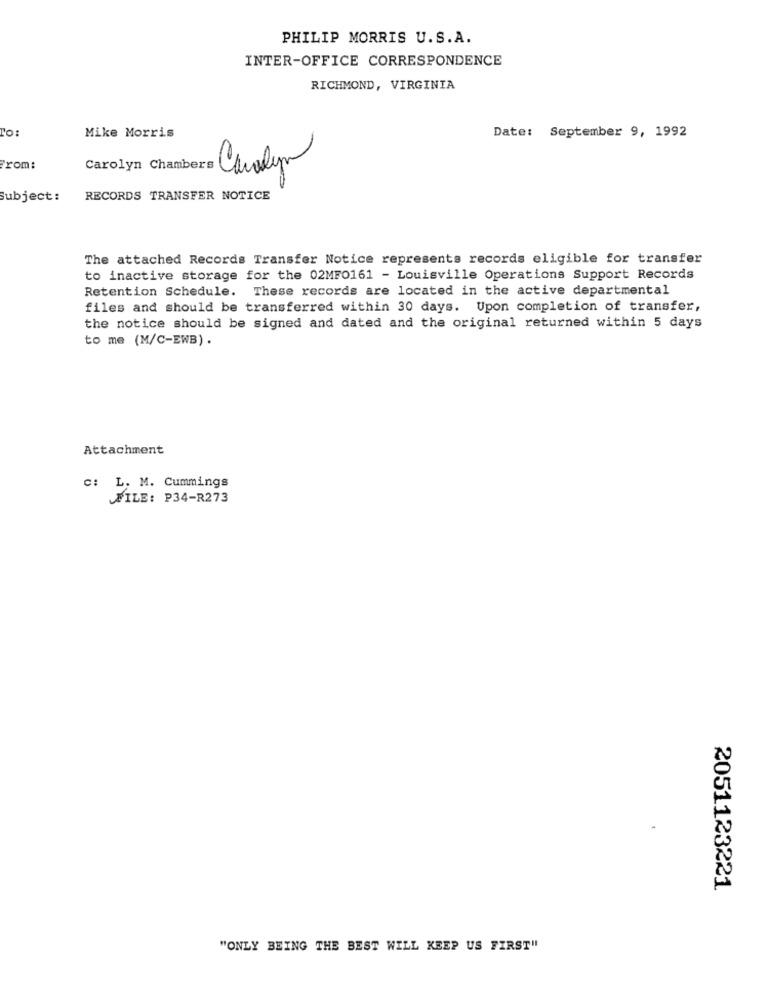
PHILIP MORRIS U.S.A.
INTER-OFFICE CORRESPONDENCE
RICHMOND, VIRGINIA
TO:
Mike Morris
Date: September 9, 1992
From:
Carolyn Chambers Carolyn
Subject :
RECORDS TRANSFER NOTICE
The attached Records Transfer Notice represents records eligible for transfer
to inactive storage for the 02MF0161 - Louisville Operations Support Records
Retention Schedule. These records are located in the active departmental
files and should be transferred within 30 days. Upon completion of transfer,
the notice should be signed and dated and the original returned within 5 days
to me (M/C-EWB).
Attachment
c: L. M. Cummings
FILE: P34-R273
2051123221
"ONLY BEING THE BEST WILL KEEP US FIRST"